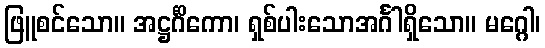
ဖြူစင်သော။ အဋ္ဌင်္ဂိကော၊ ရှစ်ပါးသောအင်္ဂါရှိသော။ မဂ္ဂေါ၊